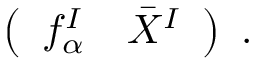
\left( \begin{array} { c c } { { f _ { \alpha } ^ { I } } } & { { \bar { X } ^ { I } } } \end{array} \right) \ .